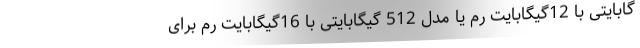
گابایتی با 12گیگابایت رم یا مدل 512 گیگابایتی با 16گیگابایت رم برای